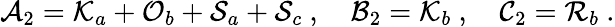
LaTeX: \mathcal{A}_{2}=\mathcal{K}_{a}+\mathcal{O}_{b}+\mathcal{S}_{a}+\mathcal{S}_{c}\ ,\quad\mathcal{B}_{2}=\mathcal{K}_{b}\ ,\quad\mathcal{C}_{2}=\mathcal{R}_{b}\ .